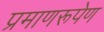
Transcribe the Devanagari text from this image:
प्रमाणरूपेण